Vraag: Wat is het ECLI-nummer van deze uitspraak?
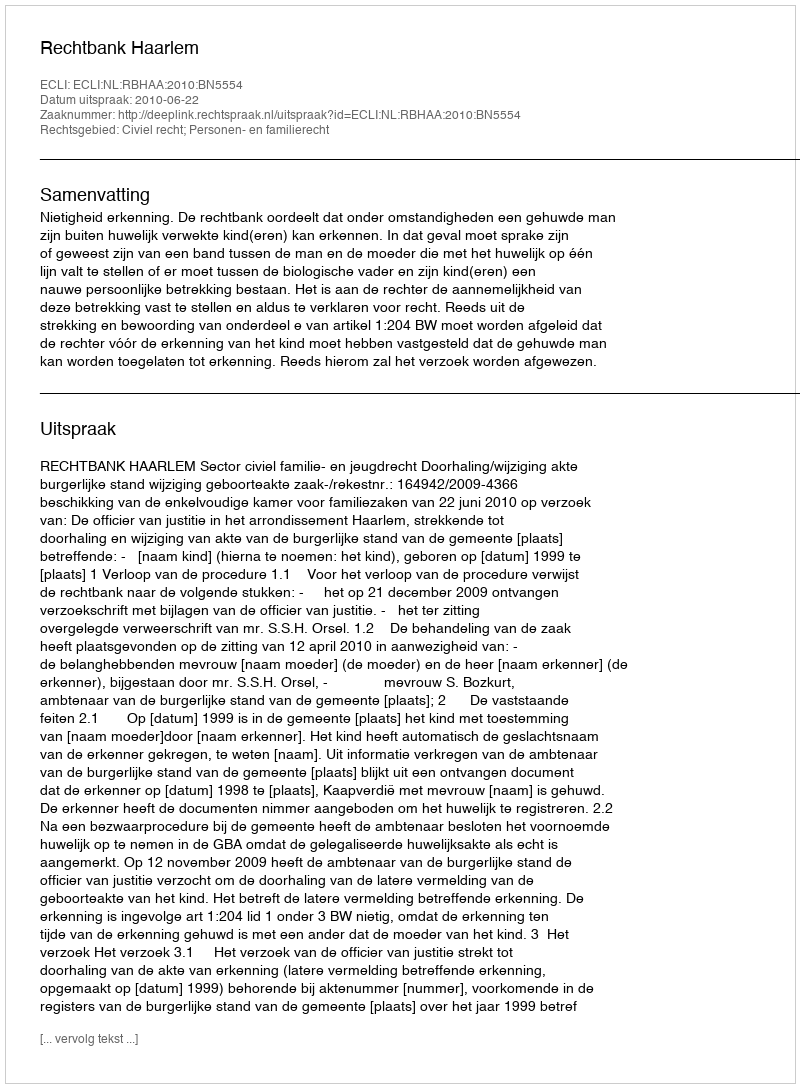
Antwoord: ECLI:NL:RBHAA:2010:BN5554